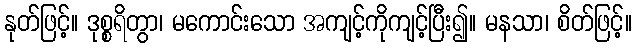
နုတ်ဖြင့်။ ဒုစ္စရိတွာ၊ မကောင်းသော အကျင့်ကိုကျင့်ပြီး၍။ မနသာ၊ စိတ်ဖြင့်။